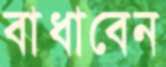
বাধাবেন